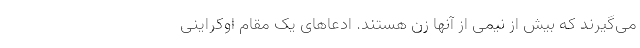
می‌گیرند که بیش از نیمی از آنها زن هستند. ادعاهای یک مقام اوکراینی